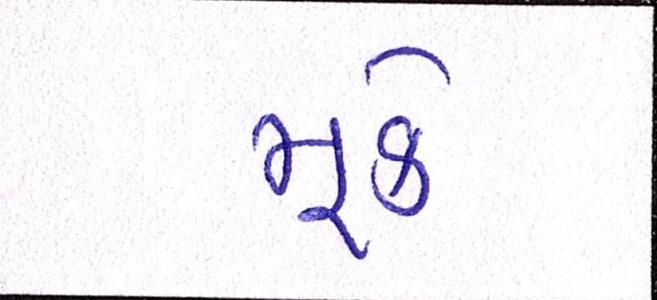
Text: મૂકે